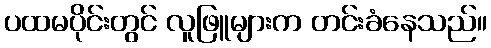
ပထမပိုင်းတွင် လူဖြူများက တင်းခံနေသည်။